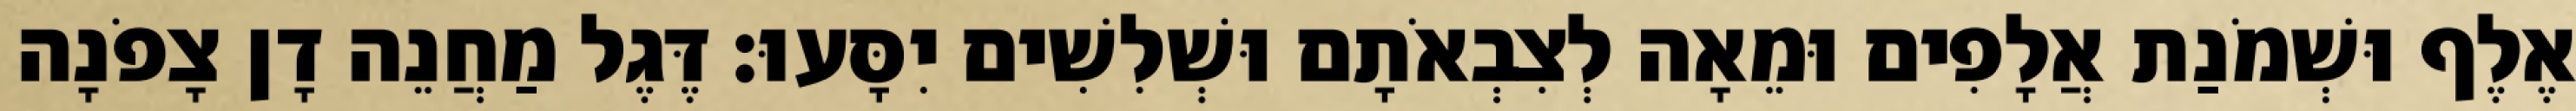
אֶלֶף וּשְׁמֹנַת אֲלָפִים וּמֵאָה לְצִבְאֹתָם וּשְׁלִשִׁים יִסָּעוּ׃ דֶּגֶל מַחֲנֵה דָן צָפֹנָה